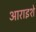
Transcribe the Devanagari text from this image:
आराइशे